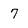
Character: 7